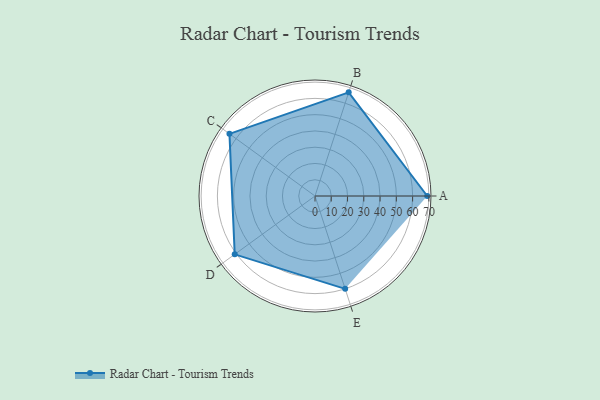
{"axis": {"x": "Skill", "y": "Score"}, "legend": ["Profile"], "data": [{"x": "A", "y": 69.0, "type": "Profile"}, {"x": "B", "y": 67.0, "type": "Profile"}, {"x": "C", "y": 65.0, "type": "Profile"}, {"x": "D", "y": 61.0, "type": "Profile"}, {"x": "E", "y": 60.0, "type": "Profile"}]}